King Institute of Preventive Medicine Bacteriolog. Section reports 1907-08
Year: 1907
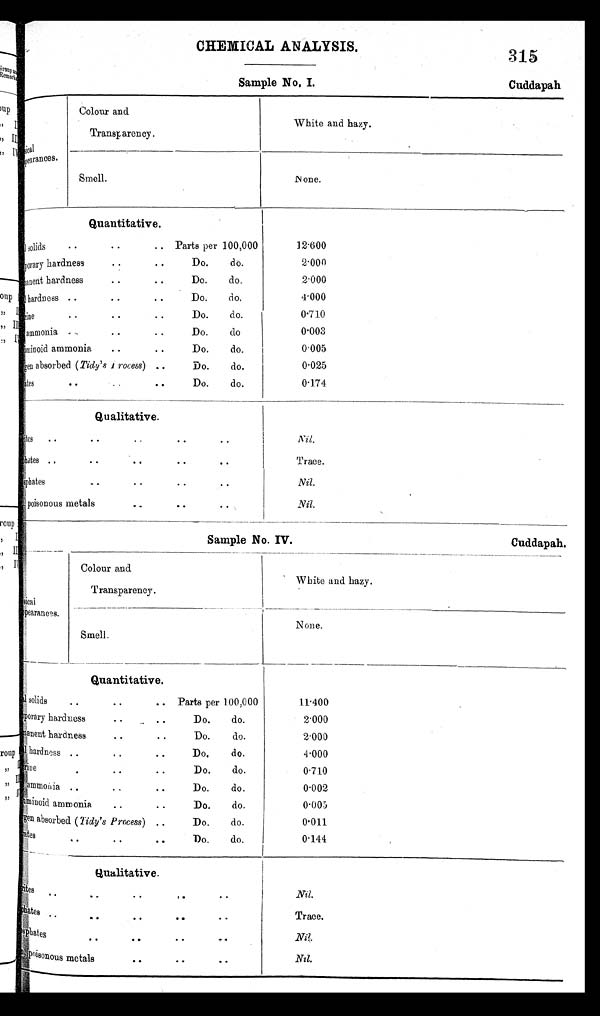
CHEMICAL ANALYSIS.
315
Sample No, I.
Cuddapah
sical pearances.
Colour and
Transparency.
White and hazy.
Smell.
None.
Quantitative.
solid
.
. Parts per 100,000
12.600
porary hardness
. . . .
Do.
do.
2.000
hardness
..
. .
hardness ..
. . . .
Do.
do,
Do.
do.
2.000
4.000
Me
. . . . . .
Do.
do.
0.710
ammonia
. . . .
Do.
do
0.003
uminoid ammonia
..
. .
Do.
do.
0.005
gen absorbed (Tidy's i rocess) ..
Do.
do.
0.025
ates
. .
..
Do.
do.
0.174
Qualitative.
ites
. .
. . . .
. . . .
Nil.
hates ..
. . . .
. . . .
Trace.
sphates
., . ..
. .
Nil.
poisonous metals
. .
. . . .
Nil.
Sample No. IV.
Cuddapah,
Colour and
White and hazy.
sical
pearances.
Transparency.
______ ____
N cm e.
Smell.
Quantitative.
al solids
. . . . ..
Parts per 100,000
11.400
porary hardness
. . . .
Do.
do.
2.000
manent hardness
. . ..
Do.
do.
2.000
l hardness ..
.
.
Do.
do.
4.000
i n e
Do.
do.
0.710
ammonia
Do.
do.
0.002
aminoid ammonia
Do.
do.
0.005
gen a bsorbed. (Tidy's Process) ..
Do.
do.
0.011
ates
.
. . . .
Do.
do.
0.144
Qualitative.
ites
phates
phates
s p h a t e s
.
.
. . . .
.
Nil.
Trace.
Nil.
Poisonous metals
. . . .
Nil.